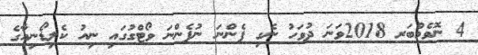
4 ނޮވެމްބަރ 2018ވަނަ ދުވަހު ނެގި ފެންނަ ނުފެންނަ ވޯޓްގުގައި ނިއު ކެލިޑޯނިއާގެ